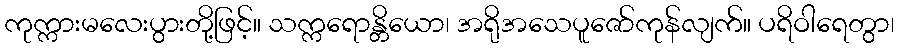
ကုက္ကားမလေးပွားတို့ဖြင့်။ သက္ကရောန္တိယော၊ အရိုအသေပူဇော်ကုန်လျက်။ ပရိဝါရေတွာ၊